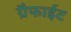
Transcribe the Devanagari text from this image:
ग्रैफाईट